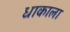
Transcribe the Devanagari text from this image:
धाकाला